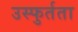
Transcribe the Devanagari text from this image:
उस्फुर्तता